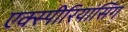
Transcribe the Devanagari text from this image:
एक्स्पीरियांसिंग